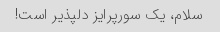
سلام، یک سورپرایز دلپذیر است!